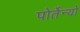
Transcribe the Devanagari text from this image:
पोर्तेन्यो